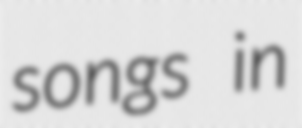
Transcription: songs in